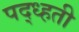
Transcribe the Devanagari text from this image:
पद्ध्हती